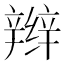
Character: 辫